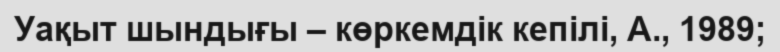
Уақыт шындығы – көркемдік кепілі, А., 1989;